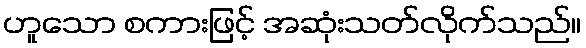
ဟူသော စကားဖြင့် အဆုံးသတ်လိုက်သည်။